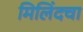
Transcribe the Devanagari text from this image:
मिलिंदचा